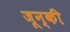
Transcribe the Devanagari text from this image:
जून्की